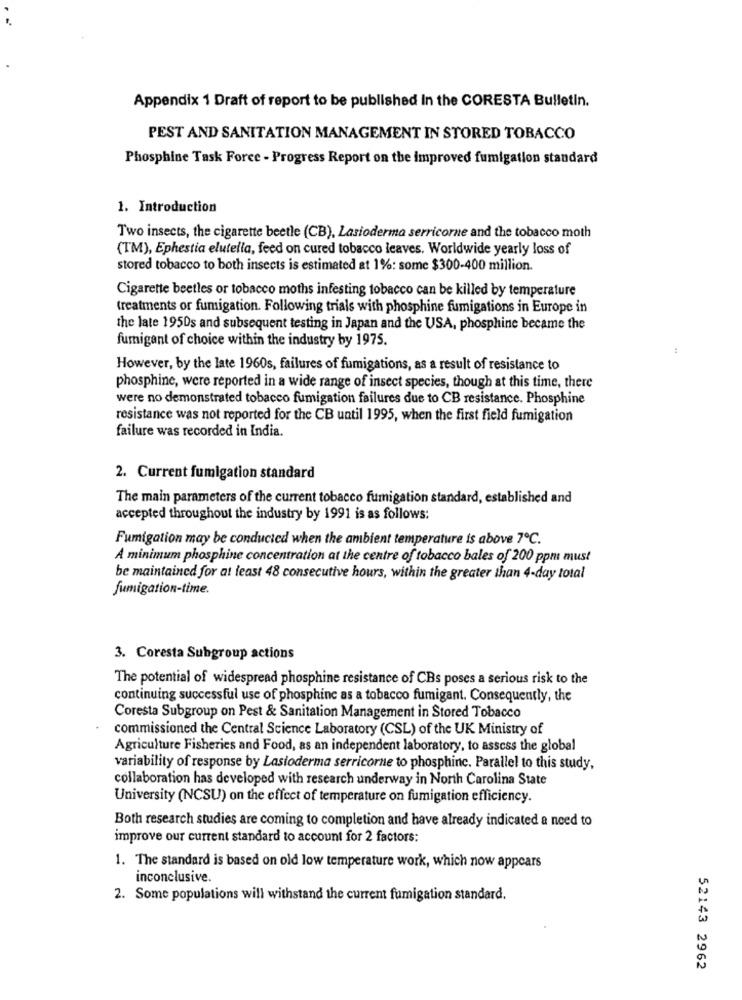
Appendix 1 Draft of report to be published In the CORESTA Bulletin.
PEST AND SANITATION MANAGEMENT IN STORED TOBACCO
Phosphine Task Force - Progress Report on the improved fumigation standard
1. Introduction
Two insects, the cigarette beetle (CB), Lasioderma serricorne and the tobacco moth
(TM), Ephestia elutella, feed on cured tobacco leaves. Worldwide yearly loss of
stored tobacco to both insects is estimated at 1%: some $300-400 million.
Cigarette beetles or tobacco moths infesting tobacco can be killed by temperature
treatments or fumigation. Following trials with phosphine fumigations in Europe in
the late 1950s and subsequent testing in Japan and the USA, phosphine became the
fumigant of choice within the industry by 1975.
44
However, by the late 1960s, failures of fumigations, as a result of resistance to
phosphine, were reported in a wide range of insect species, though at this time, there
were no demonstrated tobacco fumigation failures due to CB resistance. Phosphine
resistance was not reported for the CB until 1995, when the first field fumigation
failure was recorded in India.
2. Current fumigation standard
The main parameters of the current tobacco fumigation standard, established and
accepted throughout the industry by 1991 is as follows:
Fumigation may be conducted when the ambient temperature is above 7℃.
A minimum phosphine concentration at the centre of tobacco bales of 200 ppm must
be maintained for at least 48 consecutive hours, within the greater than 4-day total
fumigation-time.
3. Coresta Subgroup actions
The potential of widespread phosphine resistance of CBs poses a serious risk to the
continuing successful use of phosphinc as a tobacco fumigant. Consequently, the
Coresta Subgroup on Pest & Sanitation Management in Stored Tobacco
commissioned the Central Science Laboratory (CSL) of the UK Ministry of
Agriculture Fisheries and Food, as an independent laboratory, to assess the global
variability of response by Lastoderma serricorne to phosphinc. Parallel to this study,
collaboration has developed with research underway in North Carolina State
University (NCSU) on the effect of temperature on fumigation efficiency.
Both research studies are coming to completion and have already indicated a need to
improve our current standard to account for 2 factors:
1. The standard is based on old low temperature work, which now appears
inconclusive.
2. Some populations will withstand the current fumigation standard.
52143 2962